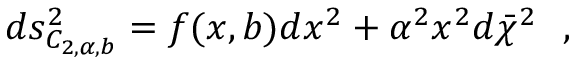
d s _ { C _ { 2 , \alpha , b } } ^ { 2 } = f ( x , b ) d x ^ { 2 } + \alpha ^ { 2 } x ^ { 2 } d \bar { \chi } ^ { 2 } ~ ~ ,